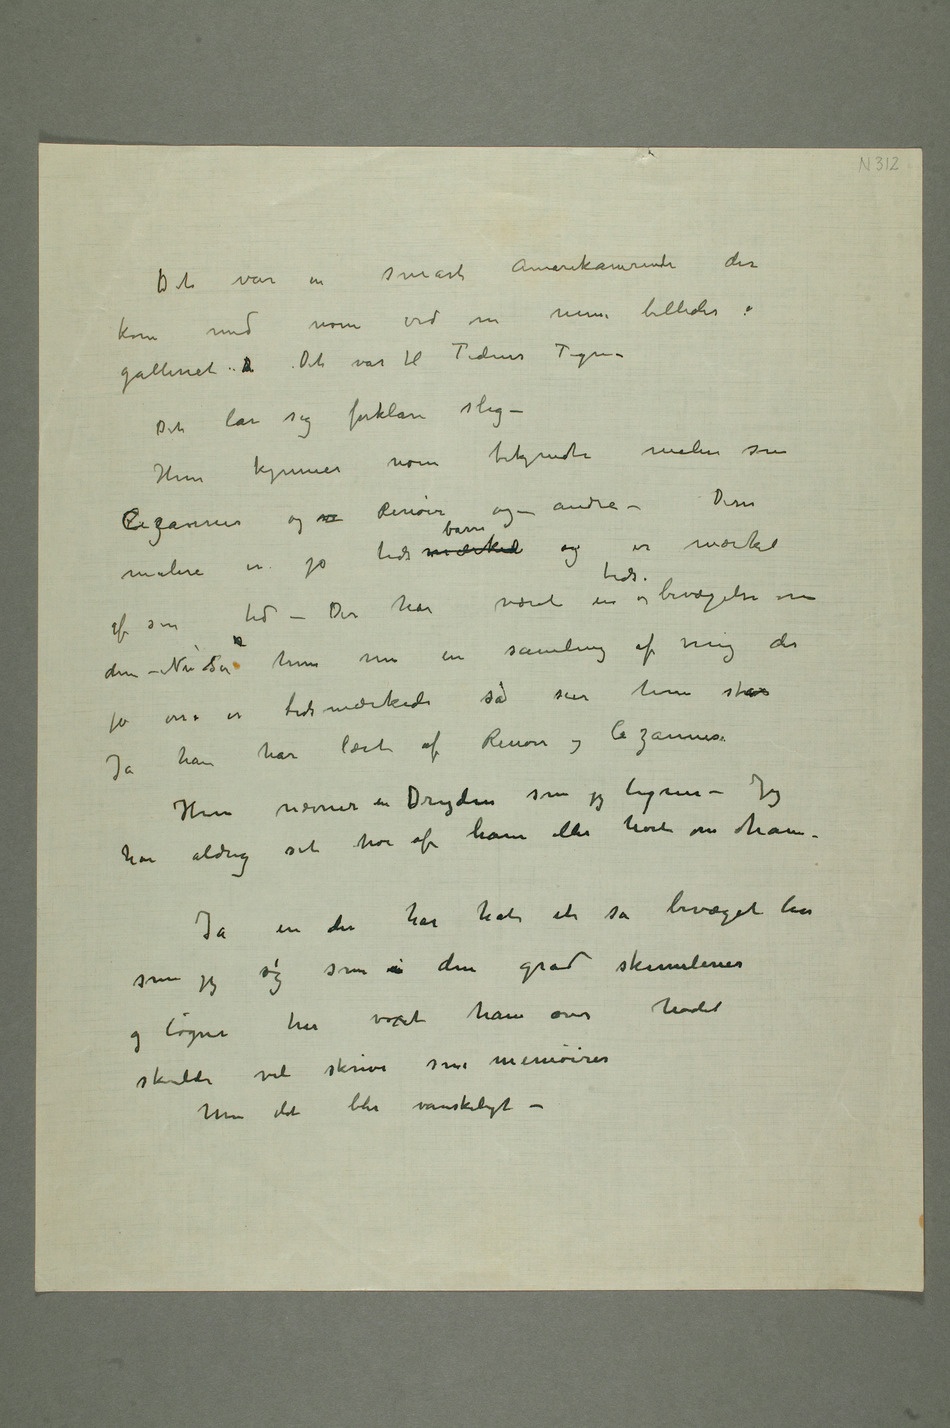
Det var en smart Amerikanerinde der
kom med noen ord om mine
galleriet De Det var til Tidens Tegn –
Det lar sig forklare slig –
Hun kjenner noen bekjendte malere som
ZCezannes og  Renoir og andre –
tids mærked barn og er merket
af sin tid – Der har været en tidsbevægelse om
dem – Nu Sså hun nu en samling af mig der
jo osså er tidsmærkede så sier hun strax
Ja han har lært af Renoir og Cezannes
Hun nevner en Dryden som jeg ligner – Jeg
har aldrig set noe af ham eller hørt om ham.
Ja en der har hatt et så bevæget liv
som jeg og som i den grad skumlerier
og løgner har voxet ham over hodet
skulde vel skrive sine memoirer
Men det blir vanskeligt –